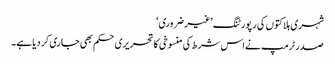
شہری ہلاکتوں کی رپورٹنگ ’غیر ضروری‘
صدر ٹرمپ نے اس شرط کی منسوخی کا تحریری حکم بھی جاری کر دیا ہے۔